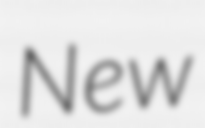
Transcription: New